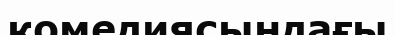
комедиясындағы